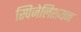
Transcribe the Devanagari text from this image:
स्पिजेलिशयन